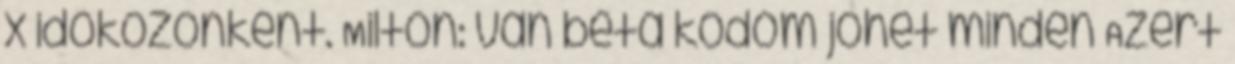
x időközönként. Milton: van béta kódóm jöhet minden Azért